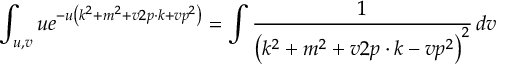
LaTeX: \int _ { u , v } u e ^ { - u \left( k ^ { 2 } + m ^ { 2 } + v 2 p \cdot k + v p ^ { 2 } \right) } = \int { \frac { 1 } { \left( k ^ { 2 } + m ^ { 2 } + v 2 p \cdot k - v p ^ { 2 } \right) ^ { 2 } } } \, d v